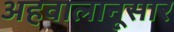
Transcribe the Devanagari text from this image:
अहवालानूसार